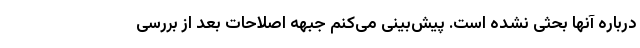
درباره آنها بحثی نشده است. پیش‌بینی می‌کنم جبهه اصلاحات بعد از بررسی